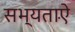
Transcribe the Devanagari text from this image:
सभ्यताऐं